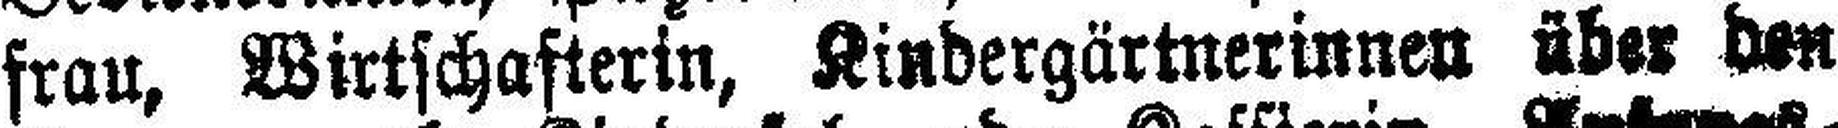
frau, Wirtschafterin, Kindergärtnerinnen über den